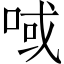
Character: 㖪